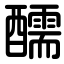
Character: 醹